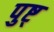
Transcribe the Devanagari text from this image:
पुष्ट्